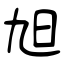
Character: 旭